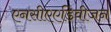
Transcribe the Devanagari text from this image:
एनसीएएडिवीजन